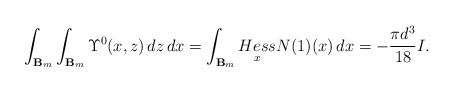
\begin{align*}\int_{\mathbf{B}_m}\int_{\mathbf{B}_m}\Upsilon^0(x, z)\,dz\,dx=\int_{\mathbf{B}_m}\underset{x}{Hess}N(1)(x)\,dx=-\frac{\pi d^3}{18}I.\end{align*}